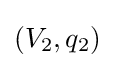
(V_{2},q_{2})